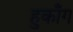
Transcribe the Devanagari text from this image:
हुकाँग